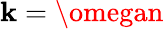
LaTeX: \mathbf{k}=\omegan